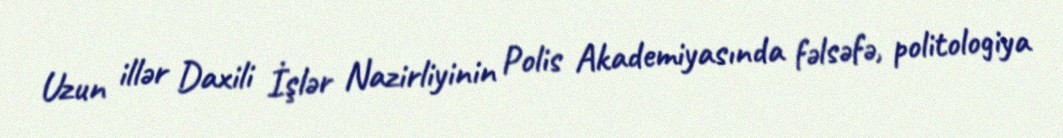
Uzun illər Daxili İşlər Nazirliyinin Polis Akademiyasında fəlsəfə, politologiya